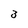
Character: 3